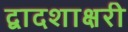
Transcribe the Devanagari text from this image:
द्वादशाक्षरी